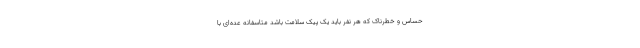
حساس و خطرناک که هر نفر باید یک پیک سلامت باشد متاسفانه عده‌ای با